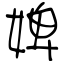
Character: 婢